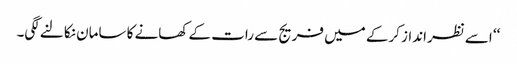
‘‘ اسے نظرانداز کرکے میں فریج سے رات کے کھانے کا سامان نکالنے لگی۔